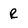
Character: R